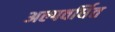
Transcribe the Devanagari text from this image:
अल्पवर्धित